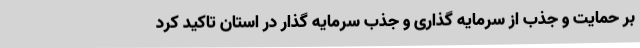
بر حمایت و جذب از سرمایه گذاری و جذب سرمایه گذار در استان تاکید کرد